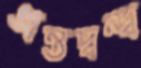
অন্তদ্বন্দ্ব